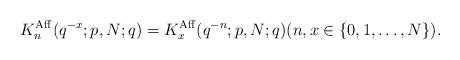
LaTeX: \begin{align*}K_n^{\rm Aff}(q^{-x};p,N;q)=K_x^{\rm Aff}(q^{-n};p,N;q)(n,x\in\{0,1,\ldots,N\}).\end{align*}